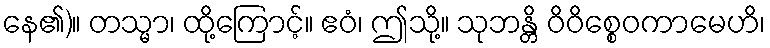
နေ၏)။ တသ္မာ၊ ထို့ကြောင့်။ ဧဝံ၊ ဤသို့။ သုဘန္တိ ဝိဝိစ္စေဝကာမေဟိ၊